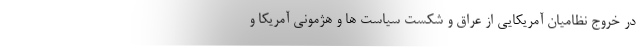
در خروج نظامیان آمریکایی از عراق و شکست سیاست ها و هژمونی آمریکا و